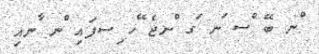
ްނ ބޭ ްސ ަނ ަގ ްނޖެ ޭހ ިސފައި ްނ ާނއި